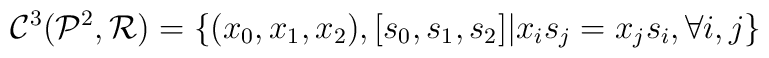
{{\mathcal C}^3}({{\mathcal P}^2},{\mathcal R})=\{ ({x_0},{x_1},{x_2}),[{s_0},{s_1},{s_2}]\vert {x_i}{s_j}={x_j}{s_i} , \forall i,j \}